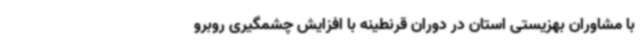
با مشاوران بهزیستی استان در دوران قرنطینه با افزایش چشمگیری روبرو